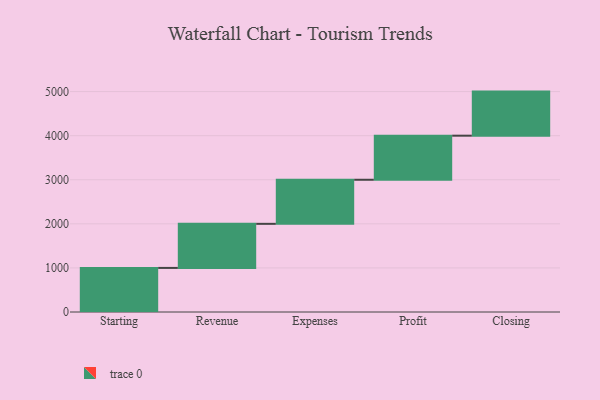
{"axis": {"x": "Step", "y": "Value"}, "legend": [""], "data": [{"x": "Starting", "y": 1000, "type": ""}, {"x": "Revenue", "y": 1000, "type": ""}, {"x": "Expenses", "y": 1000, "type": ""}, {"x": "Profit", "y": 1000, "type": ""}, {"x": "Closing", "y": 1000, "type": ""}]}